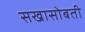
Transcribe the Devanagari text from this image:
सखासोबती